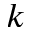
k